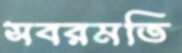
সবরমতি